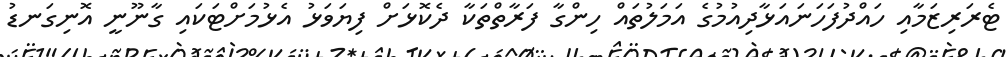
ޓެެރަރިޒަމާއި ހައްދުފަހަނައަޅާދިއުމުގެ އަމަލުތައް ހިންގާ ފަރާތްތަކާ ދެކޮޅަށް ފިޔަވަޅު އެޅުމަށްޓަކައި ގާނޫނީ އޮނިގަނޑު